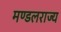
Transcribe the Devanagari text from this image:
मण्डलराज्य